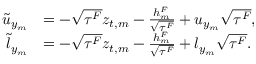
\begin{array} { r l } { \tilde { u } _ { y _ { m } } } & { = - \sqrt { \tau ^ { F } } z _ { t , m } - \frac { h _ { m } ^ { F } } { \sqrt { \tau ^ { F } } } + u _ { y _ { m } } { \sqrt { \tau ^ { F } } } , } \\ { \tilde { l } _ { y _ { m } } } & { = - \sqrt { \tau ^ { F } } z _ { t , m } - \frac { h _ { m } ^ { F } } { \sqrt { \tau ^ { F } } } + l _ { y _ { m } } { \sqrt { \tau ^ { F } } } . } \end{array}